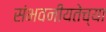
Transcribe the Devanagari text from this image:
संभवनीयतेच्या